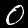
Digit: 0